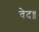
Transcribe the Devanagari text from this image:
वेद॥